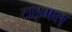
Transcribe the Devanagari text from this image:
टाइमस्